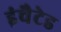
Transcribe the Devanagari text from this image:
इंचैटेड